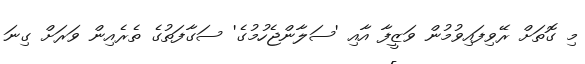
މި ގޮތަށް ރޭވިފައިވުމުން ވަޒީފާ އާއި 'ސަލާންޖެހުމުގެ' ސަގާފަތުގެ ތެރެއިން ވަރަށް ގިނަ